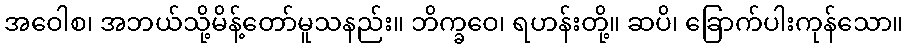
အဝေါစ၊ အဘယ်သို့မိန့်တော်မူသနည်း။ ဘိက္ခဝေ၊ ရဟန်းတို့။ ဆပိ၊ ခြောက်ပါးကုန်သော။